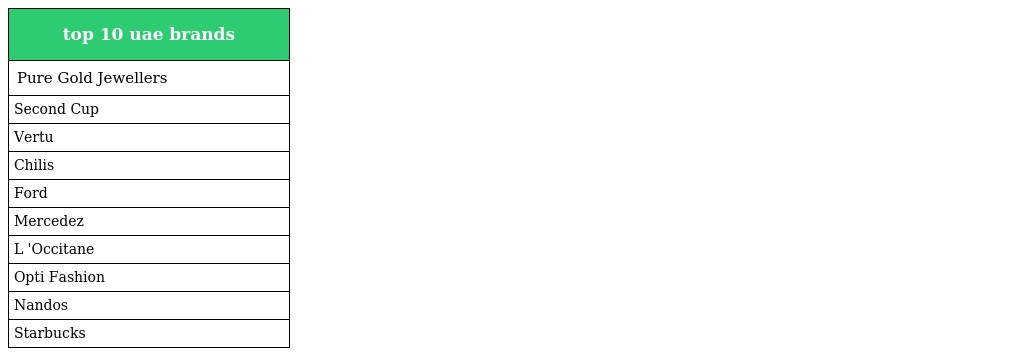
| top 10 uae brands |
 | --- |
 | Pure Gold Jewellers |
 | Second Cup |
 | Vertu |
 | Chilis |
 | Ford |
 | Mercedez |
 | L 'Occitane |
 | Opti Fashion |
 | Nandos |
 | Starbucks |